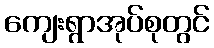
ကျေးရွာအုပ်စုတွင်